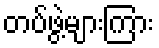
တပ်ဖွဲ့များကြား